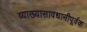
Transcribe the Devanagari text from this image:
व्याख्यासावधानीपूर्वक